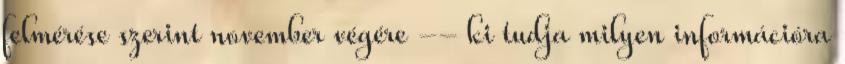
felmérése szerint november végére -- ki tudja milyen információra